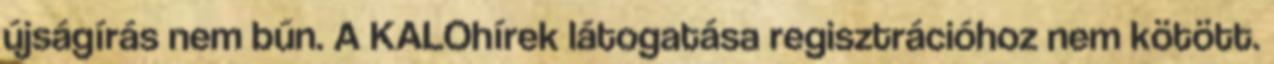
újságírás nem bűn. A KALOhírek látogatása regisztrációhoz nem kötött.